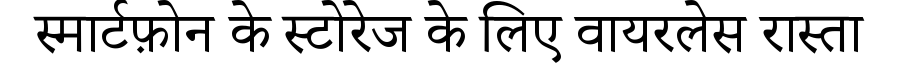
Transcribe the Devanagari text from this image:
स्मार्टफ़ोन के स्टोरेज के लिए वायरलेस रास्ता